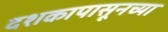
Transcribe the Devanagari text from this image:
दशकापासूनच्या